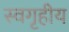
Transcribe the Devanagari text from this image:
स्वगृहीय